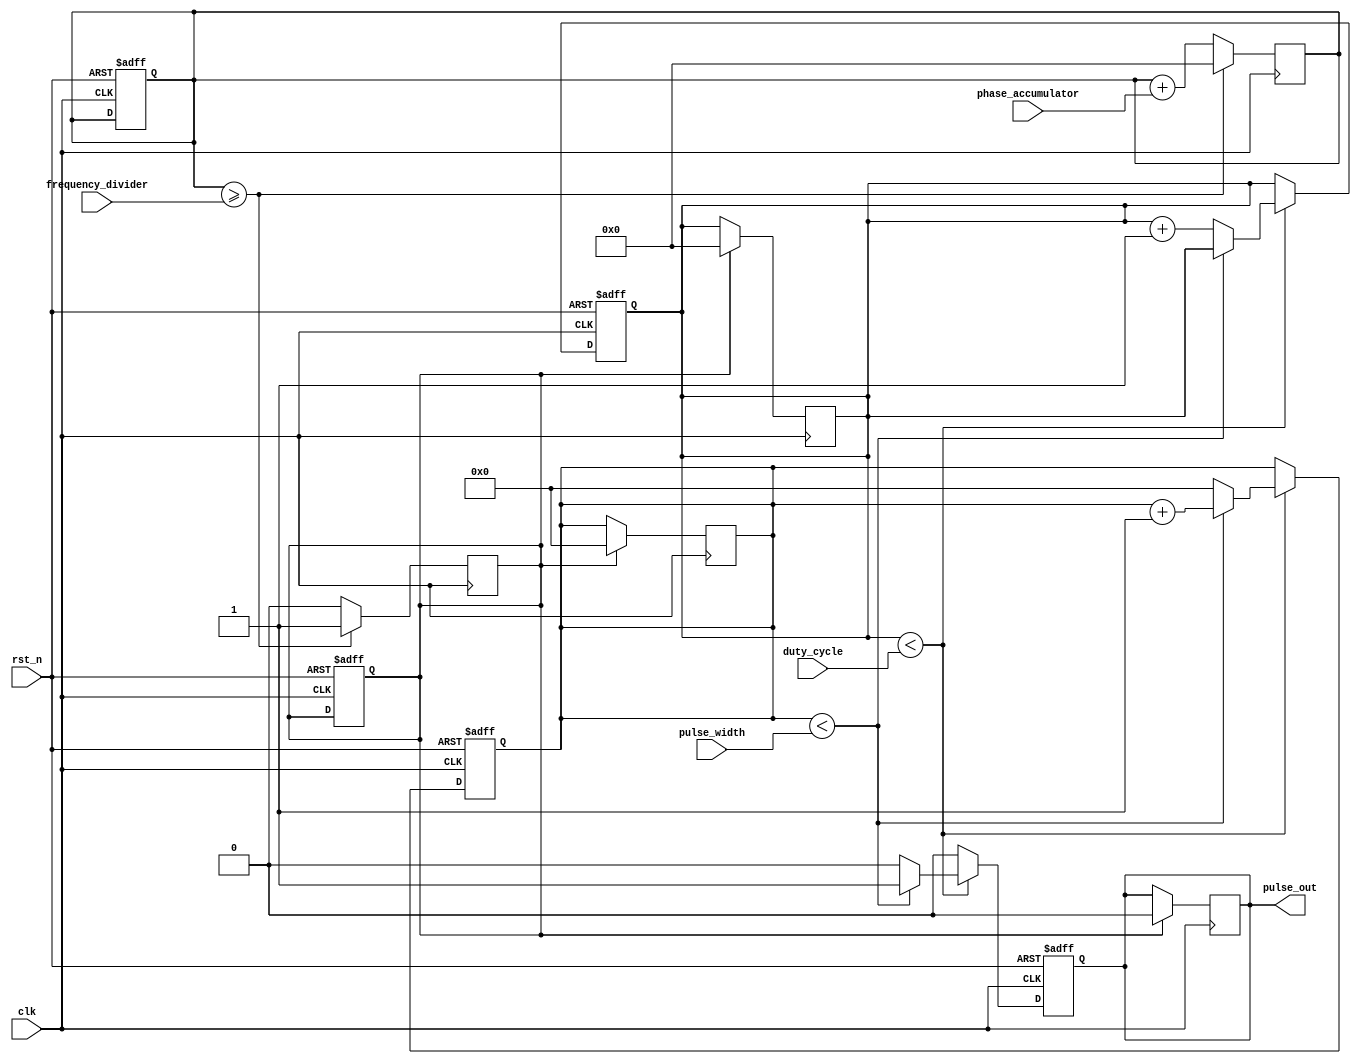
module VariableFrequencyPulseGenerator (
    input wire clk,
    input wire rst_n,
    input wire [31:0] frequency_divider,
    input wire [31:0] phase_accumulator,
    input wire [7:0] pulse_width,
    input wire [7:0] duty_cycle,
    
    output reg pulse_out
);

reg [31:0] phase;
reg [7:0] pulse_width_counter;
reg [31:0] duty_cycle_counter;
reg sync_pulse;

always @(posedge clk or negedge rst_n) begin
    if (~rst_n) begin
        pulse_out <= 0;
        phase <= 0;
        pulse_width_counter <= 0;
        duty_cycle_counter <= 0;
        sync_pulse <= 0;
    end else begin
        if (duty_cycle_counter < duty_cycle) begin
            if (pulse_width_counter < pulse_width) begin
                pulse_out <= 1;
                pulse_width_counter <= pulse_width_counter + 1;
            end else begin
                pulse_out <= 0;
                pulse_width_counter <= 0;
                if (duty_cycle_counter < duty_cycle) begin
                    duty_cycle_counter <= duty_cycle_counter + 1;
                end else begin
                    duty_cycle_counter <= 0;
                end
            end
        end else begin
            pulse_out <= 0;
        end
    end
end

always @(posedge clk) begin
    phase <= phase + phase_accumulator;
    if (phase >= frequency_divider) begin
        sync_pulse <= 1;
        phase <= 0;
    end else begin
        sync_pulse <= 0;
    end
end

always @(posedge clk) begin
    if (sync_pulse) begin
        pulse_out <= 0;
        pulse_width_counter <= 0;
        duty_cycle_counter <= 0;
    end
end

endmodule